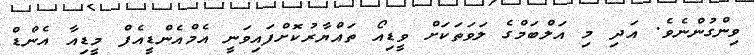
ވިންގުންނެވެ. އަދި މި އަލްބަމްގެ ލަވަތަކަށް ވީޑިއޯ ތައްޔާރުކޮށްފައިވަނީ އެމްއެންޑީއެފް މީޑިއާ އެންޑް